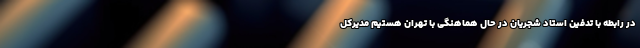
در رابطه با تدفین استاد شجریان در حال هماهنگی با تهران هستیم مدیرکل